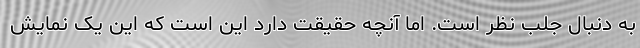
به دنبال جلب نظر است. اما آنچه حقیقت دارد این است که این یک نمایش